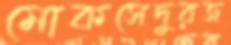
মোকসেদুরজ